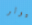
ميولر